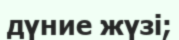
дүние жүзі;